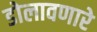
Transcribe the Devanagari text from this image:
डोलावणारे